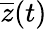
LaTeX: \overline{{z}}(t)